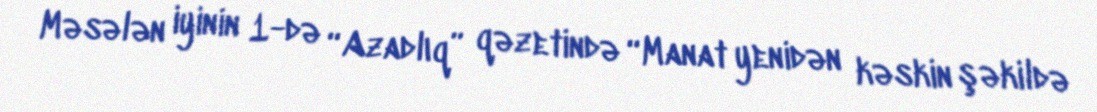
Məsələn iyinin 1-də “Azadlıq” qəzetində “Manat yenidən kəskin şəkildə